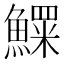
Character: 𱆾